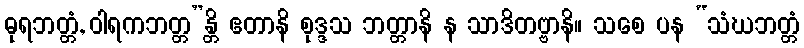
ဓုရဘတ္တံ, ဝါရကဘတ္တ”န္တိ ဧတာနိ စုဒ္ဒသ ဘတ္တာနိ န သာဒိတဗ္ဗာနိ။ သစေ ပန “သံဃဘတ္တံ